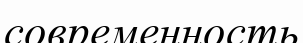
современность